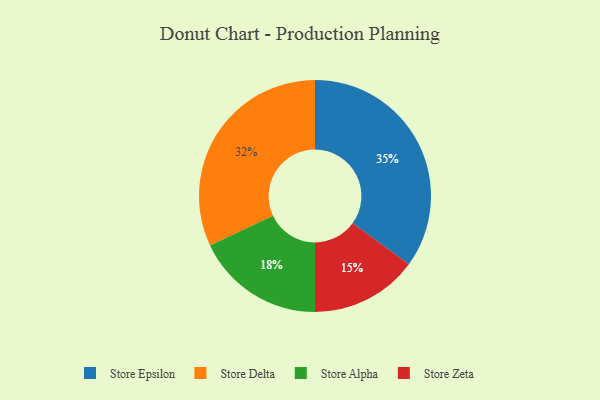
{"axis": {"x": "Category", "y": "Percentage"}, "legend": ["Store Alpha", "Store Delta", "Store Epsilon", "Store Zeta"], "data": [{"x": "Store Alpha", "y": 18, "type": "Store Alpha"}, {"x": "Store Zeta", "y": 15, "type": "Store Zeta"}, {"x": "Store Delta", "y": 32, "type": "Store Delta"}, {"x": "Store Epsilon", "y": 35, "type": "Store Epsilon"}]}